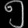
Digit: ၅